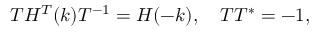
\begin{array} { r } { T H ^ { T } ( k ) T ^ { - 1 } = H ( - k ) , \quad T T ^ { * } = - 1 , } \end{array}